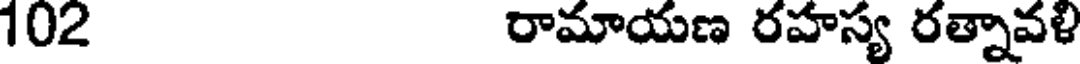
102 రామాయణ రహస్య రత్నావళి